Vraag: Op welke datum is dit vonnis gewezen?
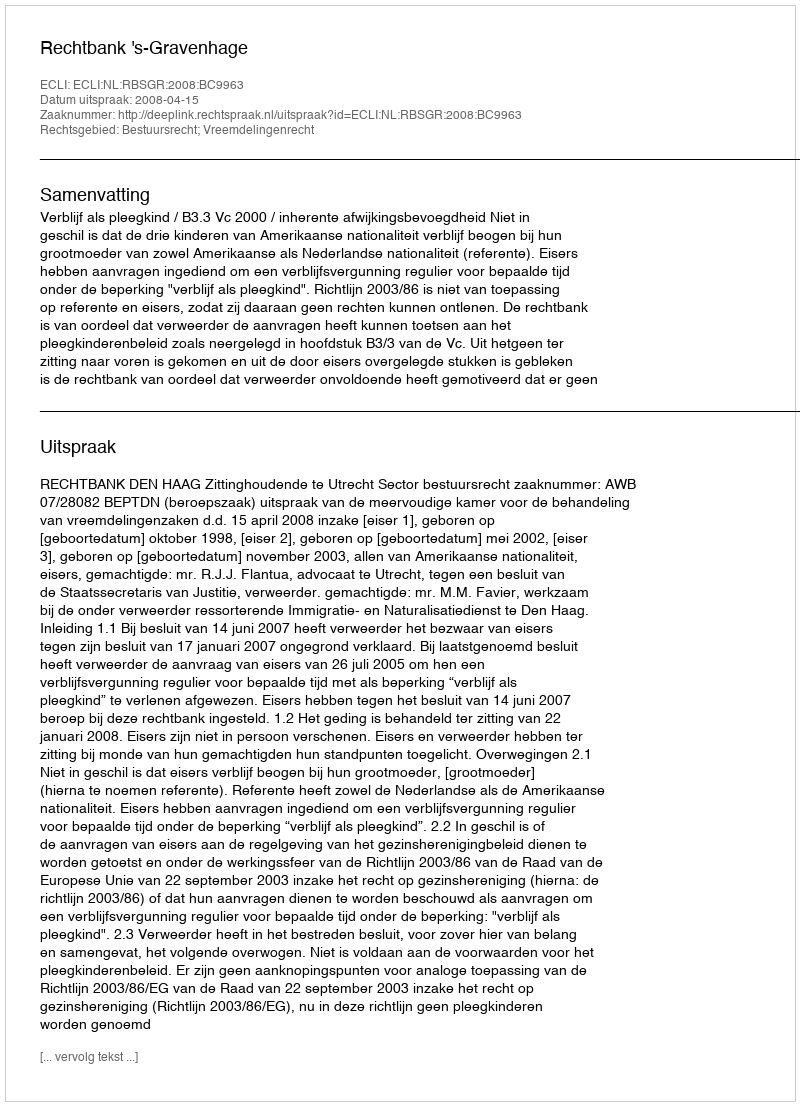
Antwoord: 2008-04-15